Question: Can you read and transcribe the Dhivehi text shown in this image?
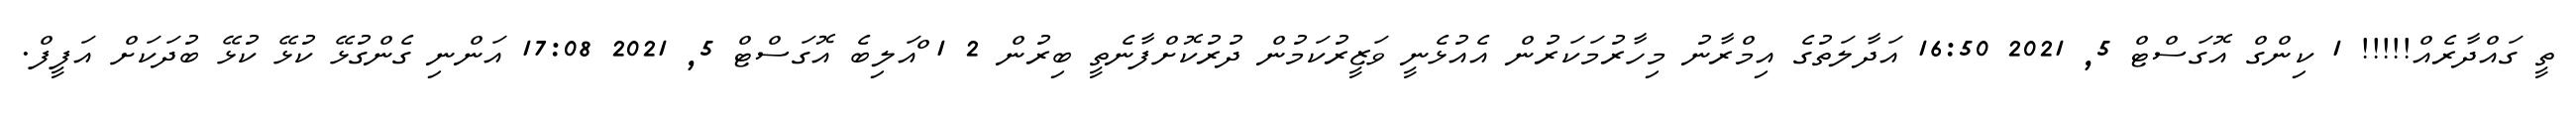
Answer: ތީ ގައްދާރެއް!!!!! 1 ކިންގް އޮގަސްޓް 5, 2021 16:50 އަދާލަތުގެ އިމްރާނު މިހާރުމަކަރުން އެއުޅެނީ ވަޒީރުކަމުން ދުރުކޮށްފާނެތީ ބިރުން 2 1 ްއަލިބެ އޮގަސްޓް 5, 2021 17:08 އަންނި ގެންގުޅޭ ކުޅޭ ކުޅޭ ބުދަކަށް އަފީފް.